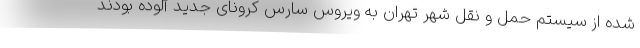
شده از سیستم حمل و نقل شهر تهران به ویروس سارس کرونای جدید آلوده بودند